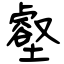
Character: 壑